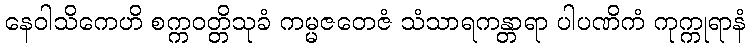
နေဝါသိကေဟိ စက္ကဝတ္တိသုခံ ကမ္မဇတေဇံ သံသာရကန္တာရာ ပါပဏိကံ ကုက္ကုရာနံ